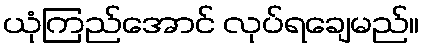
ယုံကြည်အောင် လုပ်ရချေမည်။